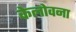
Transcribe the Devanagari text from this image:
केलोवना